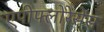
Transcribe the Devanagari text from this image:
एपीफ्लोरेसेंस